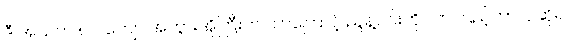
ဒီ အသက် ၈၀ ကျော် အဘွားအိုကြီးက ဘာကြောင့် ညွန့်ဝင်းကို လာကြည့်တာလဲဆိုရင်